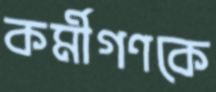
কর্মীগণকে